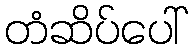
တံဆိပ်ပေါ်